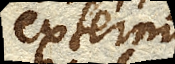
extra